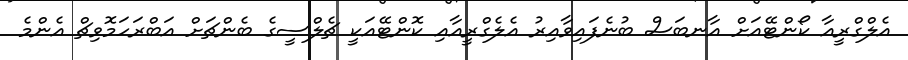
އެލްގްރީއާ ކޯންޓޭއަށް އާނބަސް ބުނެފައިވާއިރު އެލެގްރީއާއި ކޮންޓޭއަކީ ޗެލްސީގެ ބެންޗަށް އަބްރަހަމޮވިޗް އެންމެ